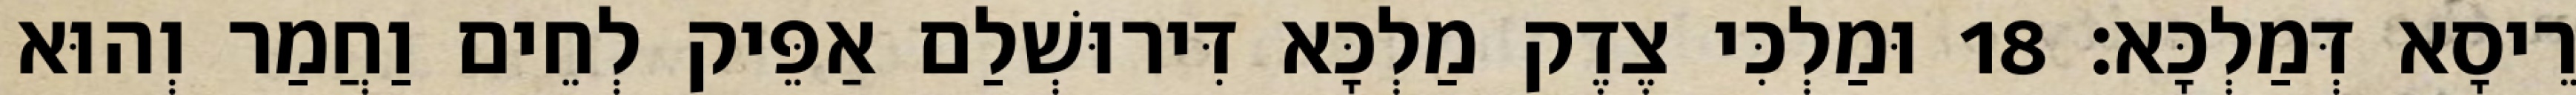
רֵיסָא דְּמַלְכָּא׃ 18 וּמַלְכִּי צֶדֶק מַלְכָּא דִּירוּשְׁלַם אַפֵּיק לְחֵים וַחֲמַר וְהוּא